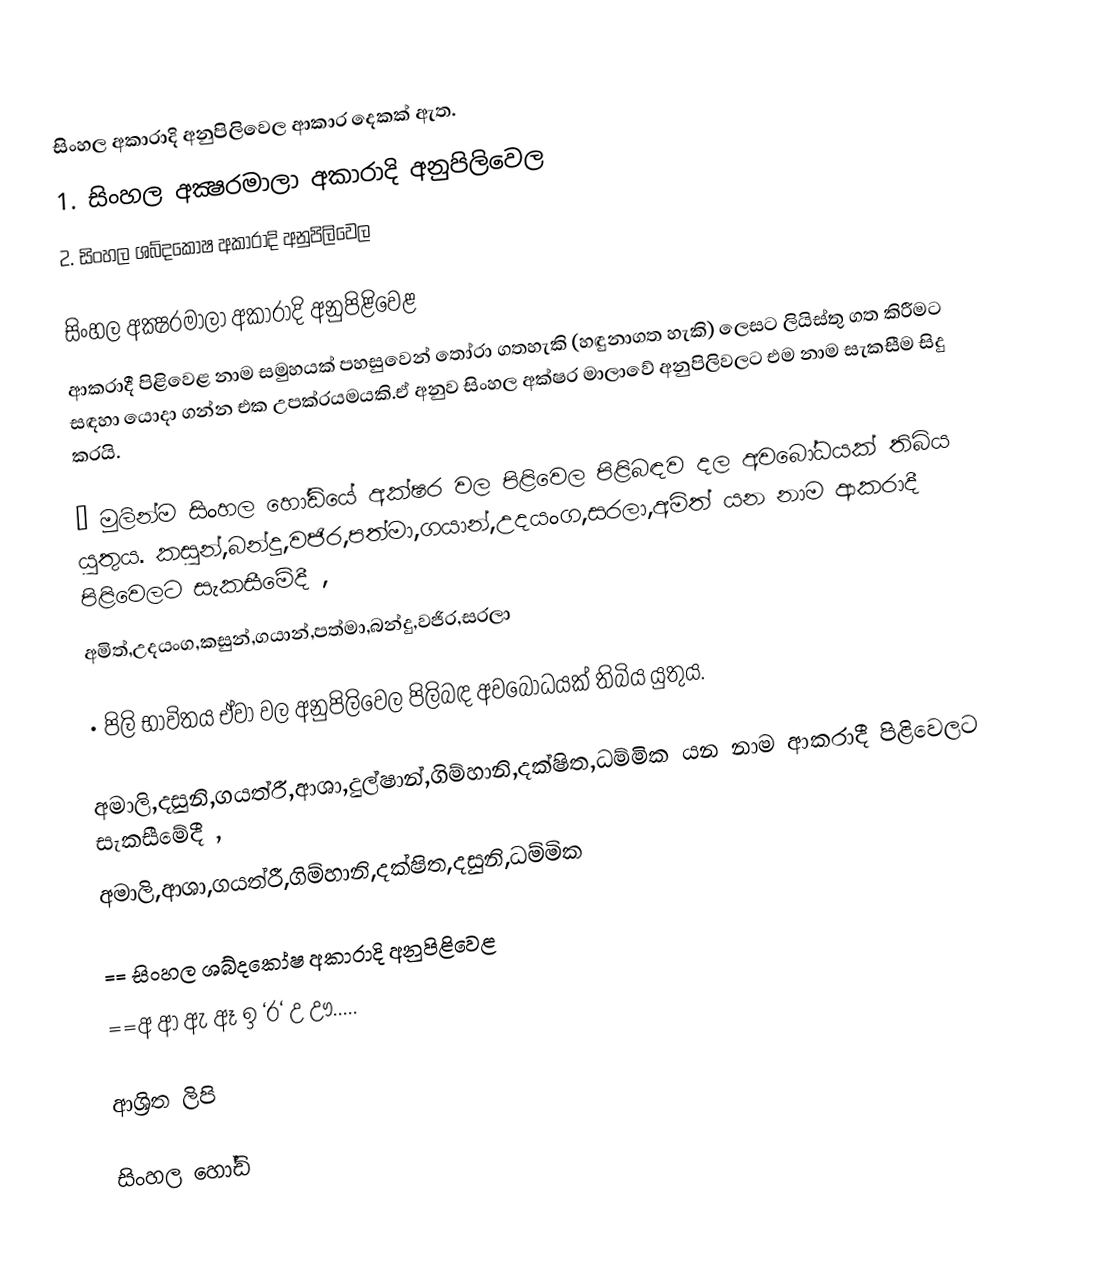
සිංහල අකාරාදි අනුපිලිවෙල ආකාර දෙකක් ඇත.
1. සිංහල අක්‍ෂරමාලා අකාරාදි අනුපිලිවෙල
2. සිංහල ශබ්දකෝෂ අකාරාදි අනුපිලිවෙල

සිංහල අක්‍ෂරමාලා අකාරාදි අනුපිළිවෙළ
ආකරාදී පිළිවෙළ නාම සමුහයක් පහසුවෙන් තෝරා ගතහැකි (හඳුනාගත හැකි) ලෙසට ලියිස්තු ගත කිරීමට සඳහා යොදා ගන්න එක උපක්රයමයකි.ඒ අනුව සිංහල අක්ෂර මාලාවේ අනුපිලිවලට එම නාම සැකසීම සිදු කරයි.

•	මුලින්ම  සිංහල හෝඩියේ අක්ෂර වල පිළිවෙල පිළිබඳව දල අවබෝධයක් තිබිය යුතුය.                                          කසුන්,බන්දු,වජිර,පත්මා,ගයාන්,උදයංග,සරලා,අමිත් යන නාම ආකරාදී පිළිවෙලට සැකසීමේදී ,
අමිත්,උදයංග,කසුන්,ගයාන්,පත්මා,බන්දු,වජිර,සරලා

•	පිලි භාවිතය ඒවා වල අනුපිලිවෙල පිලිබඳ අවබෝධයක් තිබිය යුතුය.

අමාලි,දසුනි,ගයත්රී,ආශා,දුල්ෂාන්,ගිම්හානි,දක්ෂිත,ධම්මික  යන නාම ආකරාදී පිළිවෙලට සැකසීමේදී ,
අමාලි,ආශා,ගයත්රී,ගිම්හානි,දක්ෂිත,දසුනි,ධම්මික

== සිංහල ශබ්දකෝෂ අකාරාදි අනුපිළිවෙළ
==අ ආ ඇ ඈ ඉ ‘ර‘ උ ඌ.....

ආශ්‍රිත ලිපි

     සිංහල හෝඩි